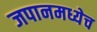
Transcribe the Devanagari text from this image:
जपानमध्येच